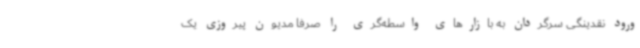
ورود نقدینگی سرگردان به بازارهای واسطه‌گری را صرفاً مدیون پیروزی یک